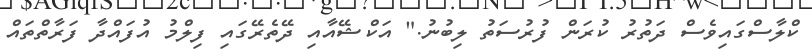
ކްލާސްގައިވެސް ދަތުރު ކުރަން ފުރުސަތު ލިބުނު." އަކްޝޭއާއި ދޭތެރޭގައި ފިލްމު އުފައްދާ ފަރާތްތައް